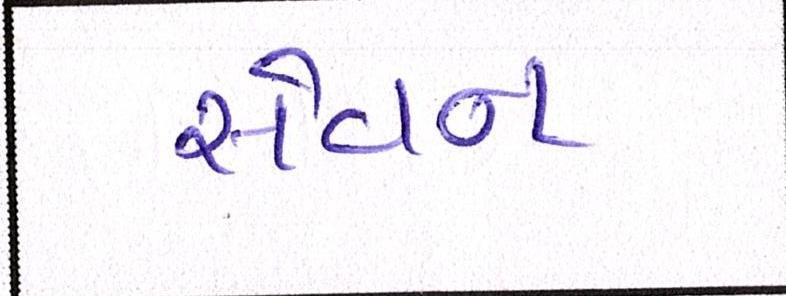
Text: સેવન